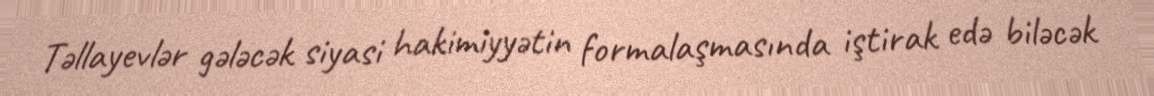
Təllayevlər gələcək siyasi hakimiyyətin formalaşmasında iştirak edə biləcək